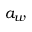
a _ { w }